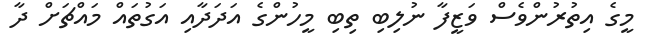
މީގެ އިތުރުންވެސް ވަޒީފާ ނުލިބި ތިބި މީހުންގެ އަދަދާއި އަގުތައް މައްޗަށް ދާ